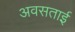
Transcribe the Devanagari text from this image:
अवसताई